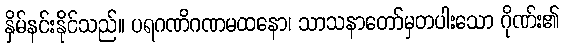
နှိမ်နင်းနိုင်သည်။ ပရဂဏိဂဏမထနော၊ သာသနာတော်မှတပါးသော ဂိုဏ်း၏